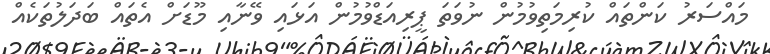
މައްސަރު ކަންތައް ކުރިމަތިވުމުން ނުވަތަ ޕީރިއަޑްވުމުން އަޅައި ވޭނާއި މޫޑަށް އެތައް ބަދަލުތަކެއް